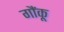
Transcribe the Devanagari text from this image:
गौंकू